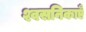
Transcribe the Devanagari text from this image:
श्वसनिकाएँ